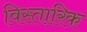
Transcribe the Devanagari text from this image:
विस्तारिक